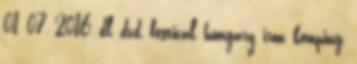
01, 07, 2016, dl, dvd, festival, hungary, iron, kemping,